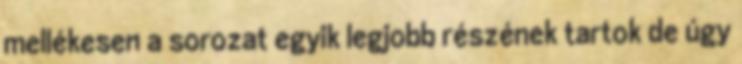
mellékesen a sorozat egyik legjobb részének tartok de úgy